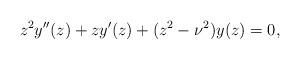
LaTeX: \begin{align*}z^2y''(z)+zy'(z)+(z^2-\nu^2)y(z)=0,\end{align*}